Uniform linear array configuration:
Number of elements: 24
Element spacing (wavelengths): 0.25
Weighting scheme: hann
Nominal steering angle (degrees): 30
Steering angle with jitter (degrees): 30.581
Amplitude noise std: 0.05
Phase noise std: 0.05

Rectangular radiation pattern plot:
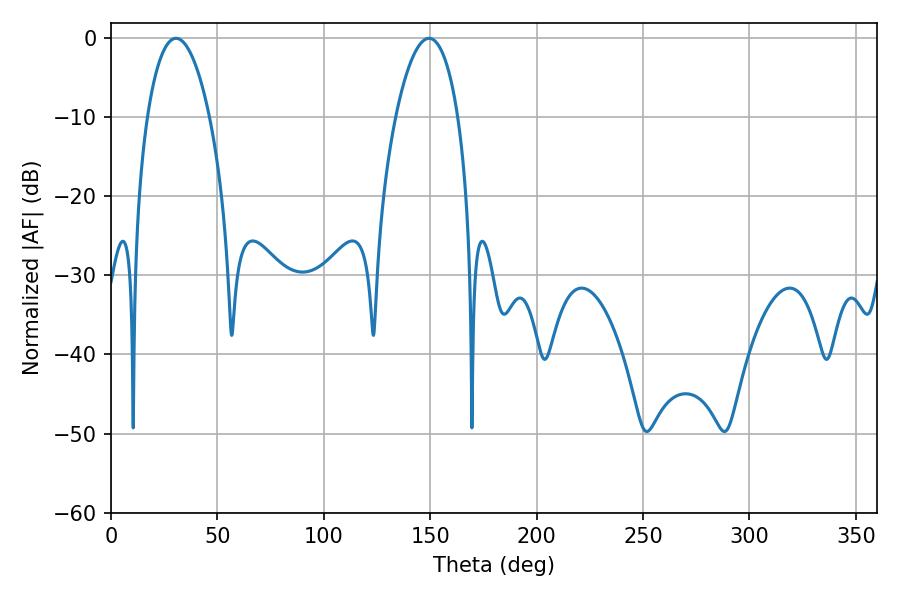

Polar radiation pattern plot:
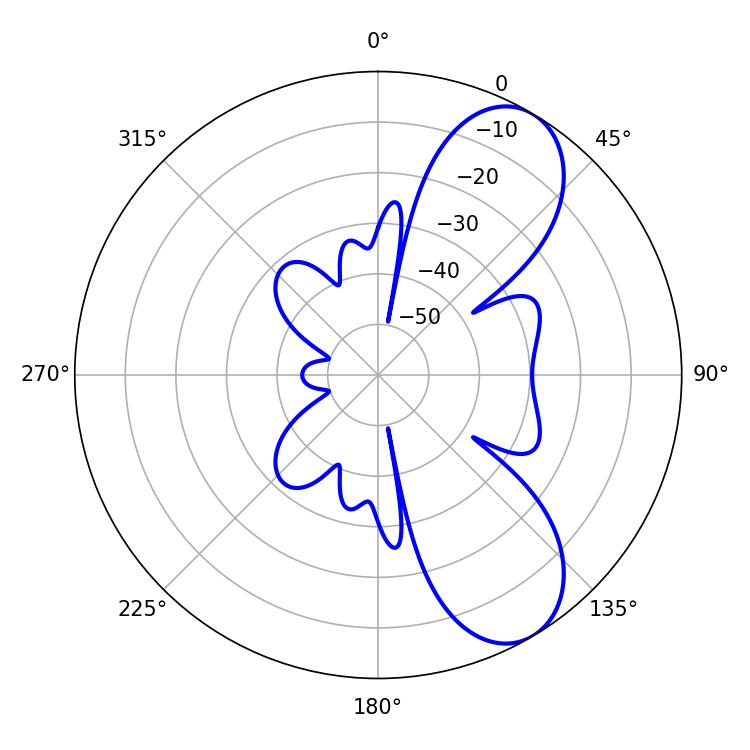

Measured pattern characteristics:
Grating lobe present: FALSE
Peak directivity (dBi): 8.056
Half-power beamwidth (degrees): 16.38
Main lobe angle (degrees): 30.6